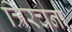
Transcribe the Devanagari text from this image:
त्रिरचना